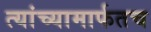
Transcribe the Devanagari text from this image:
त्यांच्यामार्फतच